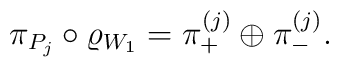
\pi_{P_j}\circ\varrho_{W_1} = \pi_+^{(j)} \oplus\pi_-^{(j)}.